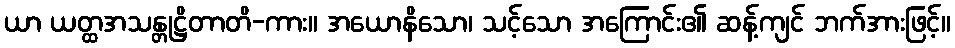
ယာ ယတ္ထအသန္တုဋ္ဌိတာတိ-ကား။ အယောနိသော၊ သင့်သော အကြောင်း၏ ဆန့်ကျင် ဘက်အားဖြင့်။